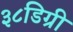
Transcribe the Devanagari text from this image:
३८डिग्री